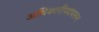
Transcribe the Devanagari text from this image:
अधिकारीपदावरून